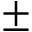
\pm